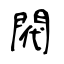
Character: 閥